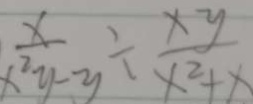
\frac { x } { x ^ { 2 } y - y } \div \frac { x y } { x ^ { 2 } + x }